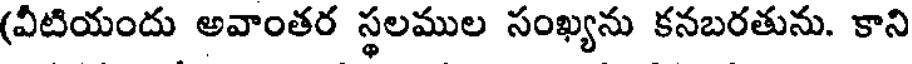
(వీటియందు అవాంతర స్థలముల సంఖ్యను కనబరతును. కాని